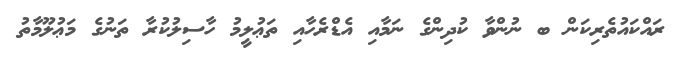
ރައްކައުތެރިކަން ބ ނުންވާ ކުދިންގެ ނަމާއި އެޑްރެހާއި ތަޢުލީމު ހާސިލުކުރާ ތަނުގެ މަޢުލޫމާތު